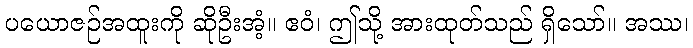
ပယောဇဉ်အထူးကို ဆိုဦးအံ့။ ဧဝံ၊ ဤသို့ အားထုတ်သည် ရှိသော်။ အဿ၊